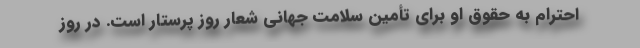
احترام به حقوق او برای تأمین سلامت جهانی شعار روز پرستار است. در روز